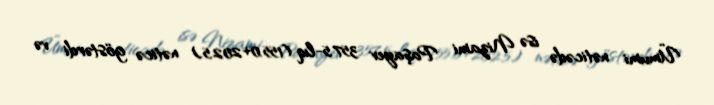
Ümumi nəticədə isə Nizami Paşayev 357.5-lıq (155.0+202.5) nəticə göstərdi və